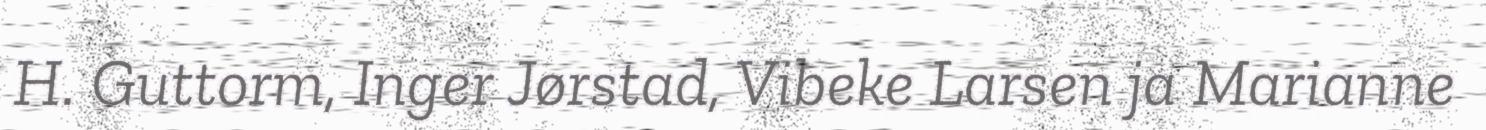
H. Guttorm, Inger Jørstad, Vibeke Larsen ja Marianne